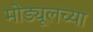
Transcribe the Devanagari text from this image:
मोड्यूलच्या